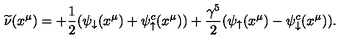
\widetilde \nu ( x ^ { \mu } ) = + { \frac { 1 } { 2 } } ( \psi _ { \downarrow } ( x ^ { \mu } ) + \psi _ { \uparrow } ^ { c } ( x ^ { \mu } ) ) + { \frac { \gamma ^ { 5 } } { 2 } } ( \psi _ { \uparrow } ( x ^ { \mu } ) - \psi _ { \downarrow } ^ { c } ( x ^ { \mu } ) ) .